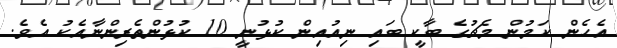
އެހެން ކަމުން މެޗުގެ ބާކީ ބައި ނިއުއިން ކުޅުނީ 10 ކުޅުންތެރިންނާއެކު އެވެ.